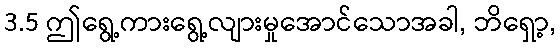
3.5 ဤရွေ့ကားရွေ့လျားမှုအောင်သောအခါ, ဘိရှော့,